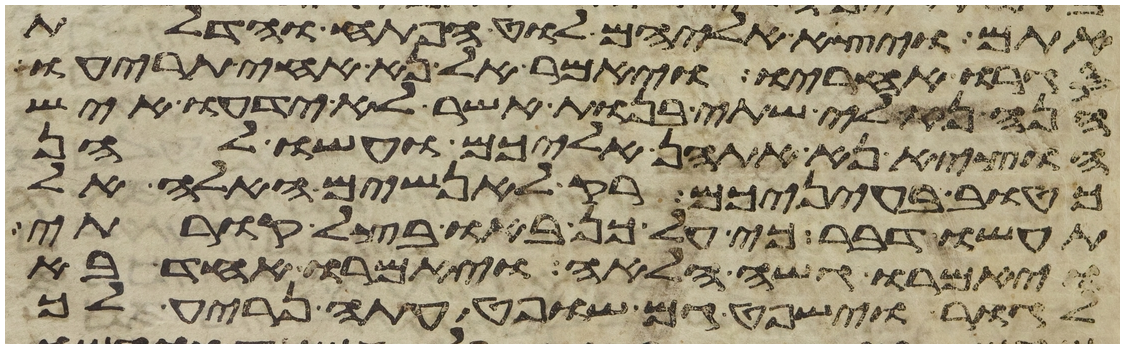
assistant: אתם ויצא אליהם לוט הפתח והדלת
סגרו אחריו ויאמר אל נא אחי תריעו
הנה נא לי שתי בנות אשר לא ידעו איש
הוציא נא אתהן אליכם ועשו להן
כטוב בעיניכם רק לאנשים האלה אל
תעשו דבר כי על כן באו בצל קורתי
ויאמרו גשה הלאה ויאמרו אחד בא
לגור וישפט גם שפט עתה נריע לך